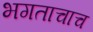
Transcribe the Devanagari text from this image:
भगताचाच